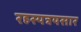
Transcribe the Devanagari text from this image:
रहस्यत्रयसार